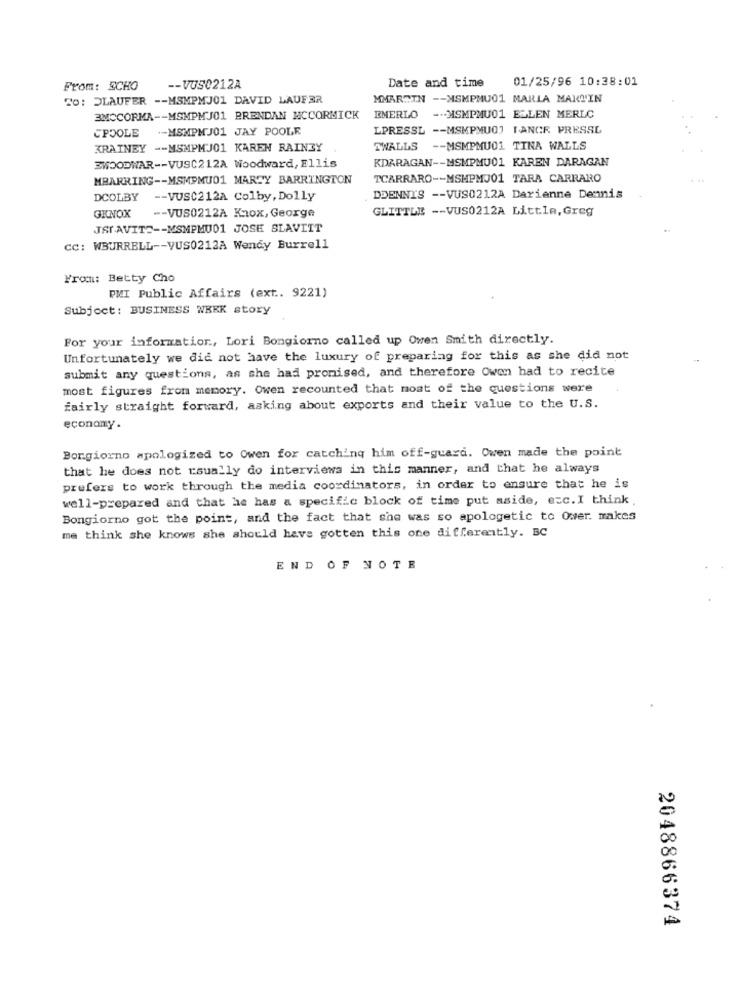
Date and time
01/25/96 10:38:01
From: SCHO
-- VUS0212A
TO: DLAUFER -- MSMPMJ01 DAVID LAUFER
MMARTIN -- MSMPMU01 MARLA MARTIN
3MCCORMA -- MSMPMJ01 BRENDAN MCCORMICK
EMERLO
-. MSMPMU01 ELLEN MERLO
CPOOLE
.- MSMPM J01 JAY POOLE
LPRESSL -- MSMPMU0] LANCE PRESSL
KRAINEY -- MSMPMJ01 KAREN RAINEY
TWALLS
-- MSMPMU01 TINA WALLS
KDARAGAN -- MSMPMU01 KAREN DARAGAN
3WOODWAR -- VUSC212A Woodward, Ellis
MBARRING -- MSMPMU01 MARTY BARRINGTON
TCARRARO -- MSMPMJ01 TARA CARRARO
DCOLBY
-- VUSC212A Colby, Dolly
DDENNIS -- VUS0212A Darienne Dennis
GKNOX
-- VUS0212A Knox, George
GLITTLE -- VUS0212A Little, Greg
JSIAVITS -- MSMPMU01 JOSE SLAVIIT
cc: WBURRELL -- VUS0212A Wendy Burrell
From: Betty Cho
PMI Public Affairs (ext .. 9221)
Subject: BUSINESS WEEK story
For your information, Lori Bongiorno called up Owen Smith directly.
Unfortunately we did not have the luxury of preparing for this as she did not
submit any questions, as she had promised, and therefore Owen had to recite
most figures from memory. Owen recounted that most of the questions were
fairly straight forward, asking about exports and their value to the U.S.
economy .
Bongiorno apologized to Owen for catching him off-guard. Owen made the point
that he does not usually do interviews in this manner, and that he always
prefers to work through the media coordinators, in order to ensure that he is
well-prepared and that he has a specific block of time put aside, ecc. I think .
Bongiorno got the point, and the fact that she was so apologetic to Ower. makes
me think she knows she should have gotten this one differently. BC
END OF NOTE
2048866374